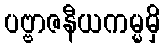
ပဗ္ဗာဇနီယကမ္မမှိ